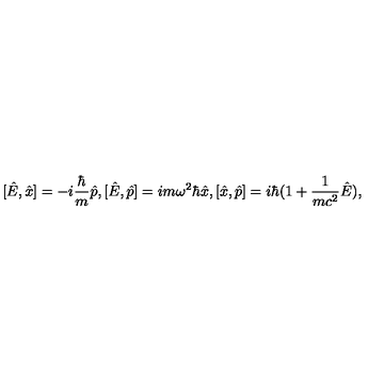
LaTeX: [ \hat { E } , \hat { x } ] = - i \frac { \hbar } { m } \hat { p } , [ \hat { E } , \hat { p } ] = i m \omega ^ { 2 } \hbar \hat { x } , [ \hat { x } , \hat { p } ] = i \hbar ( 1 + \frac { 1 } { m c ^ { 2 } } \hat { E } ) ,